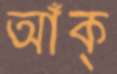
আঁক্‌